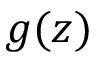
g ( z )